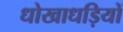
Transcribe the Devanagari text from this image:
धोखाधड़ियों